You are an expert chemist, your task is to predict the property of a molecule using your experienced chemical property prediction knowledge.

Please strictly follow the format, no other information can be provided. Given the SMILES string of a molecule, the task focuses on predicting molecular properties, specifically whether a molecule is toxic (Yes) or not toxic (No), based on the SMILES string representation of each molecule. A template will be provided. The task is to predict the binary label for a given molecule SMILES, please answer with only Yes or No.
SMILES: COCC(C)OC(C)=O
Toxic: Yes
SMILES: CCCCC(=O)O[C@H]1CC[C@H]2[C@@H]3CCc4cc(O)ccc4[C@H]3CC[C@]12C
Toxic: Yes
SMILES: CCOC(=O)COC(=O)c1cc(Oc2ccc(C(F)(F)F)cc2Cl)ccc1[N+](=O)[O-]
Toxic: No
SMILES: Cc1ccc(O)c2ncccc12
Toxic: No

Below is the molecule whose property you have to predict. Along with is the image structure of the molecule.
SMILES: NC(=O)c1cnccn1
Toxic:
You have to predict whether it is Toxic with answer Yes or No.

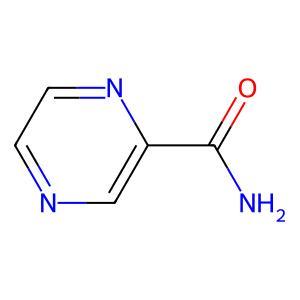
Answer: No